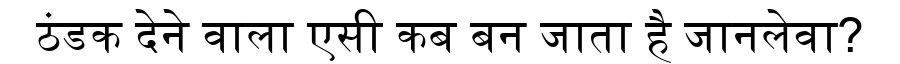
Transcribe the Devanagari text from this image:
ठंडक देने वाला एसी कब बन जाता है जानलेवा?